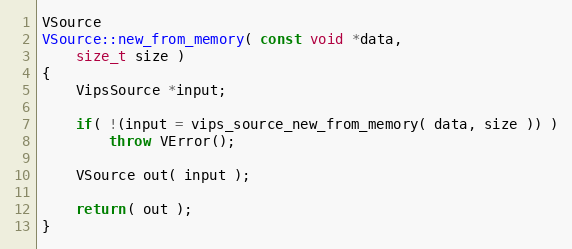
Language: C++
VSource
VSource::new_from_memory( const void *data,
	size_t size )
{
	VipsSource *input;

	if( !(input = vips_source_new_from_memory( data, size )) )
		throw VError();

	VSource out( input );

	return( out );
}